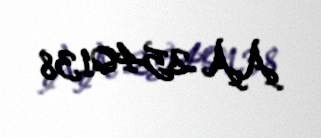
AA 2540138